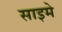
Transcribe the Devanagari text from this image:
साइमे